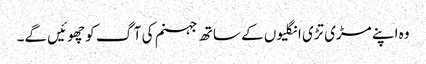
وہ اپنے مڑی تڑی انگلیوں کے ساتھ جہنم کی آگ کو چھوئیں گے۔